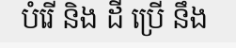
បំរើ និង ដី ប្រើ នឹង